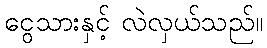
ငွေသားနှင့် လဲလှယ်သည်။